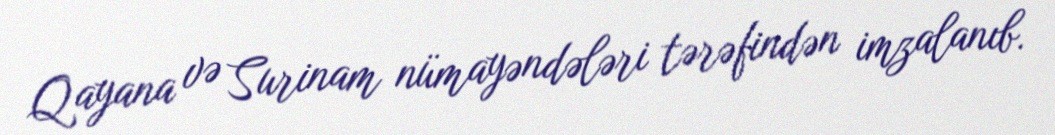
Qayana və Surinam nümayəndələri tərəfindən imzalanıb.